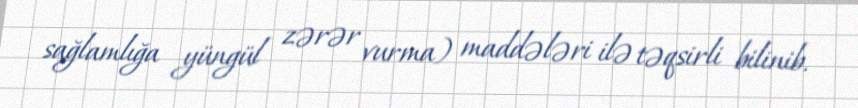
sağlamlığa yüngül zərər vurma) maddələri ilə təqsirli bilinib.